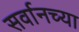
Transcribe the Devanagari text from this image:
सर्वानच्या